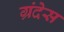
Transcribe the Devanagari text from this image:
ग्रंदेस